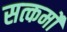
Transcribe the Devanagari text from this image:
सत्कर्मो